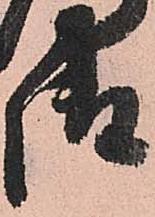
御